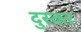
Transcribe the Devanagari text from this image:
दुस्कर